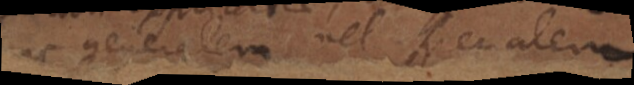
nc generalem vel specialem